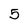
Character: 5